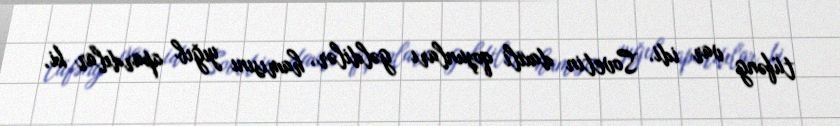
tüfəng var idi. Sovetin daxili qoşunları gəldilər, hamısını yığıb apardılar ki,